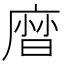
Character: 𢊓